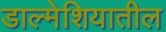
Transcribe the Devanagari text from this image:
डाल्मेशियातील